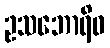
ဥသဘောရိဝ